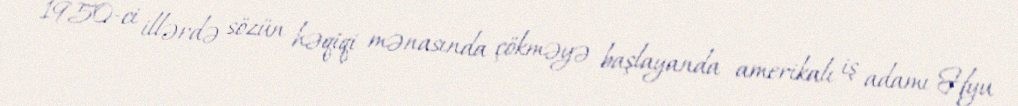
1950-ci illərdə sözün həqiqi mənasında çökməyə başlayanda amerikalı iş adamı Hyu